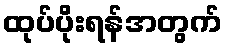
ထုပ်ပိုးရန်အတွက်